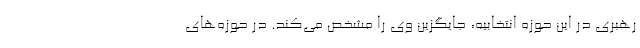
رهبری در این حوزه انتخابیه، جایگزین وی را مشخص می‌کند. در حوزه‌های